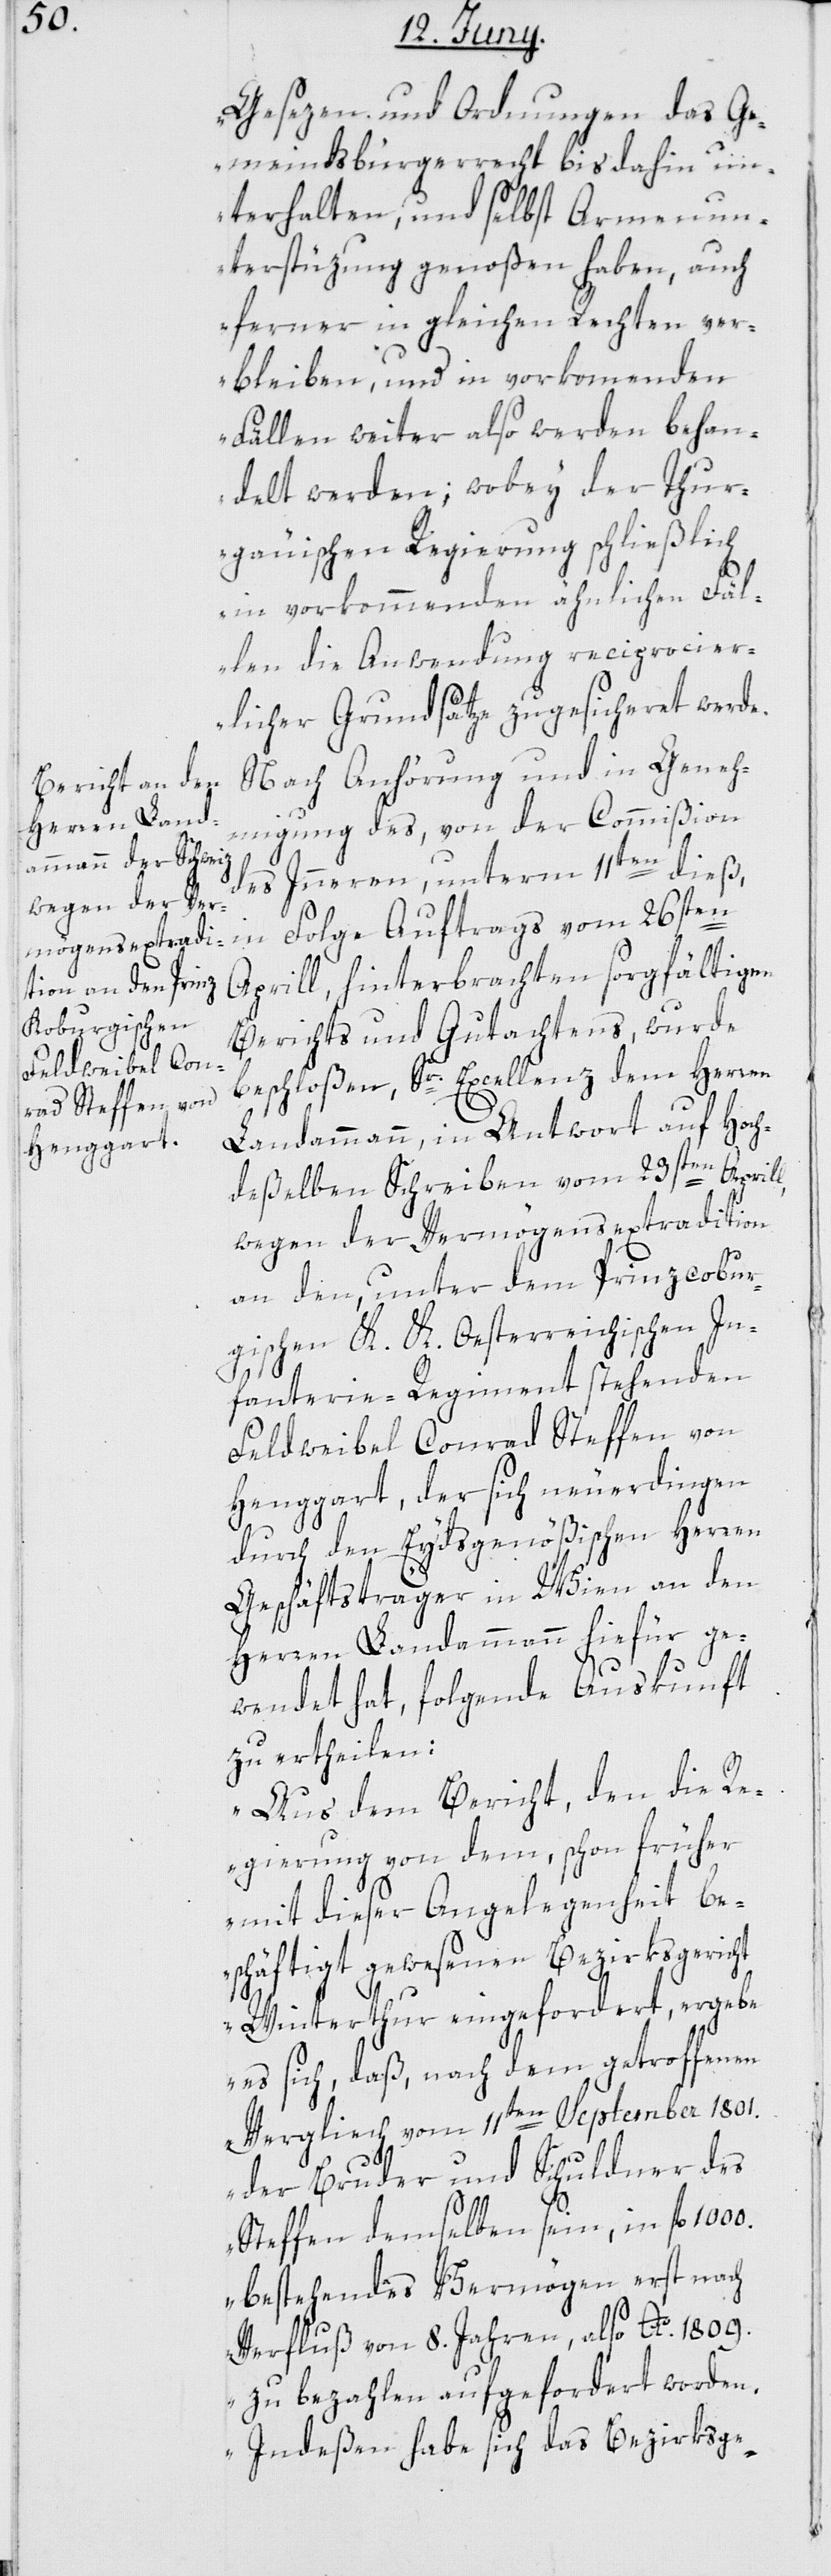
Gesezen und Ordnungen das Ge¬
meindsbürgerrecht bis dahin un¬
terhalten, und selbst Armenun¬
terstüzung genoßen haben, auch
ferner in gleichen Rechten ver¬
bleiben, und in vorkommenden
Fällen weiter also werden behan¬
delt werden; wobey der Thur¬
gäuischen Regierung schließlich
in vorkommenden ähnlichen Fäl¬
len die Anwendung reciprocier¬
licher Grundsätze zugesicheret werde.“
Nach Anhörung und in Geneh¬
migung des, von der Commißion
des Innern, unterm 11ten dieß,
in Folge Auftrags vom 26sten
Aprill, hinterbrachten sorgfältigen
Berichts und Gutachtens, wurde
beschloßen, Sr. Excellenz dem Herren
Landammann, in Antwort auf Hoch¬
deßelben Schreiben vom 23sten
wegen der Vermögensextradition
an den, unter dem Prinzcobur¬
gischen K. K. Oesterreichischen In¬
fanterie-Regiment stehenden
Feldweibel Conrad Steffen von
Henggart, der sich neuerdingen
durch den Eydsgenößischen Herren
Geschäftsträger in Wien an den
Herren Landammann hiefür ge¬
wendet hat, folgende Auskunft
zu ertheilen:
„Aus dem Bericht, den die R¬
egierung von dem, schon früher
mit dieser Angelegenheit be¬
schäftigt gewesenen Bezirksgericht
Winterthur eingefordert, ergebe
es sich, daß, nach dem getroffenen
Vergliech vom 11ten September 1801.
der Bruder und Schuldner des
Steffen demselben sein, in fl.
bestehendes Vermögen erst nach
Verfluß von 8. Jahren, also Ao. 1809.
zu bezahlen aufgefordert worden.
Indeßen habe sich das Bezirksge-